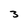
Character: 3